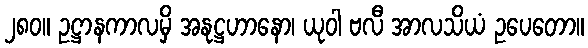
၂၈၀။ ဥဋ္ဌာနကာလမှိ အနုဋ္ဌဟာနော၊ ယုဝါ ဗလီ အာလသိယံ ဥပေတော။